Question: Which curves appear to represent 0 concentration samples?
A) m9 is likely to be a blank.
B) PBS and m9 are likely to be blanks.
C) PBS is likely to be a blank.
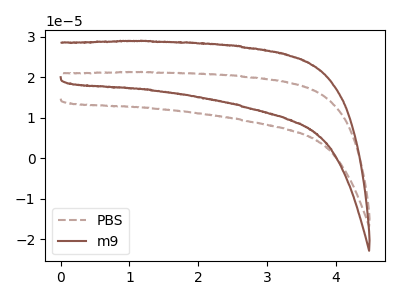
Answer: <think>The brown dashed curve "PBS" has no peaks. The brown curve "m9" has no peaks.</think>
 <answer>B) "PBS" and "m9" are likely to be blanks.</answer>
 <eval>B</eval>